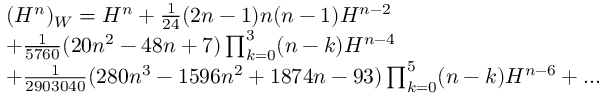
\begin{array} { l } { { ( H ^ { n } ) _ { W } = H ^ { n } + \frac { 1 } { 2 4 } ( 2 n - 1 ) n ( n - 1 ) H ^ { n - 2 } } } \\ { { + \frac { 1 } { 5 7 6 0 } ( 2 0 n ^ { 2 } - 4 8 n + 7 ) \prod _ { k = 0 } ^ { 3 } ( n - k ) H ^ { n - 4 } } } \\ { { + \frac { 1 } { 2 9 0 3 0 4 0 } ( 2 8 0 n ^ { 3 } - 1 5 9 6 n ^ { 2 } + 1 8 7 4 n - 9 3 ) \prod _ { k = 0 } ^ { 5 } ( n - k ) H ^ { n - 6 } + . . . } } \end{array}